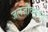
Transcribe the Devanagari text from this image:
जलजीवालय